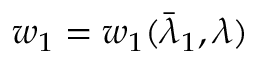
w _ { 1 } = w _ { 1 } ( \bar { \lambda } _ { 1 } , \lambda )